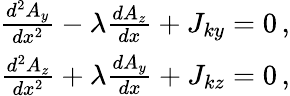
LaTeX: \begin{array}{r}{\frac{d^{2}A_{y}}{dx^{2}}-\lambda\frac{dA_{z}}{dx}+J_{ky}=0\, ,}\\ {\frac{d^{2}A_{z}}{dx^{2}}+\lambda\frac{dA_{y}}{dx}+J_{kz}=0\, ,}\end{array}